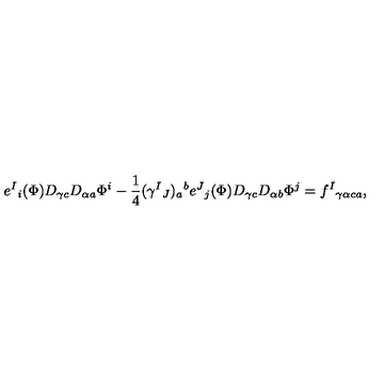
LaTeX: e ^ { I } { } _ { i } ( \Phi ) D _ { \gamma c } D _ { \alpha a } \Phi ^ { i } - { \frac { 1 } { 4 } } ( \gamma ^ { I } { } _ { J } ) _ { a } { } ^ { b } e ^ { J } { } _ { j } ( \Phi ) D _ { \gamma c } D _ { \alpha b } \Phi ^ { j } = f ^ { I } { } _ { \gamma \alpha c a } ,